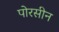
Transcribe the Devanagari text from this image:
पोरसीन